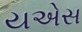
યએસ